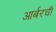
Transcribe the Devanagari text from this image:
आर्बरची